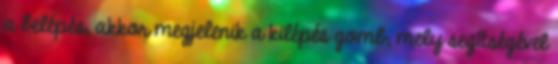
a belépés, akkor megjelenik a kilépés gomb, mely segítségével